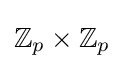
\mathbb {Z} _{p}\times \mathbb {Z} _{p}